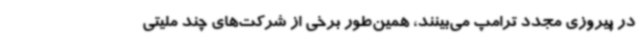
در پیروزی مجدد ترامپ می‌بینند، همین‌طور برخی از شرکت‌های چند ملیتی